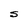
Character: S